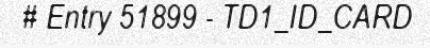
# Entry 51899 - TD1_ID_CARD